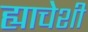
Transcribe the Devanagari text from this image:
ह्याचेशी